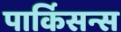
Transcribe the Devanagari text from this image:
पार्किसन्स